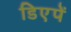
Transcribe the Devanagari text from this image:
डिएपें